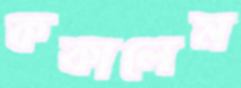
ককালেম